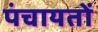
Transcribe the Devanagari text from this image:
पंचायताें